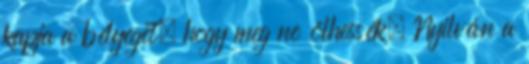
kapja a bélyeget, hogy meg ne ölhessék. Nyilván a